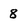
Character: 8